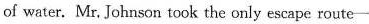
of water.Mr.Johnson took the only escape route